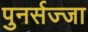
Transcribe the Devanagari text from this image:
पुनर्सज्जा